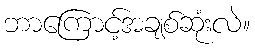
ဘာကြောင့်အချစ်ဆုံးလဲ။